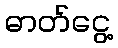
ဓာတ်ငွေ့